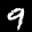
Label: 9